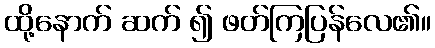
ထို့နောက် ဆက် ၍ ဖတ်ကြပြန်လေ၏။